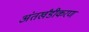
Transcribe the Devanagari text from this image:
अंतर्खंडीकरण